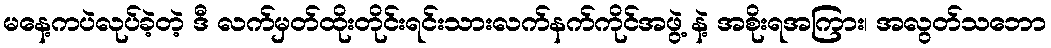
မနေ့ကပဲလုပ်ခဲ့တဲ့ ဒီ လက်မှတ်ထိုးတိုင်းရင်းသားလက်နက်ကိုင်အဖွဲ့ နဲ့ အစိုးရအကြား၊ အလွတ်သဘော